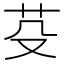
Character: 芟